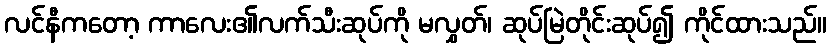
လင်နီကတော့ ကာလေး၏လက်သီးဆုပ်ကို မလွှတ်၊ ဆုပ်မြဲတိုင်းဆုပ်၍ ကိုင်ထားသည်။